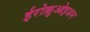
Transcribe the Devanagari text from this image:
ईरोक़ुओइअन